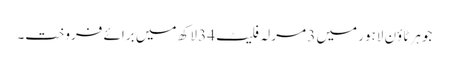
جوہر ٹاؤن لاہور میں 3 مرلہ فلیٹ 34 لاکھ میں برائے فروخت۔